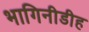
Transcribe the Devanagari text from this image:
भागिनीडीह